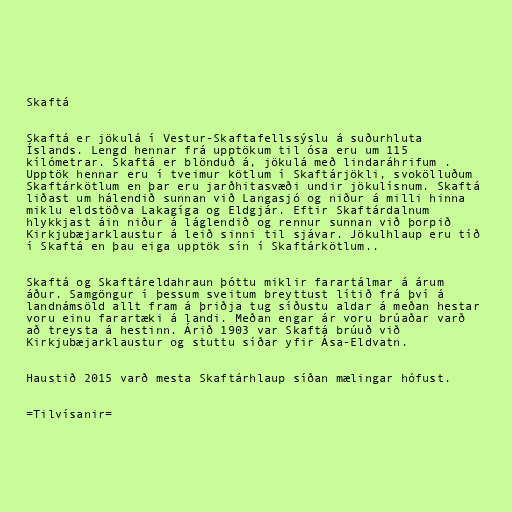
Skaftá

Skaftá er jökulá í Vestur-Skaftafellssýslu á suðurhluta
Íslands. Lengd hennar frá upptökum til ósa eru um 115
kílómetrar. Skaftá er blönduð á, jökulá með lindaráhrifum .
Upptök hennar eru í tveimur kötlum í Skaftárjökli, svokölluðum
Skaftárkötlum en þar eru jarðhitasvæði undir jökulísnum. Skaftá
liðast um hálendið sunnan við Langasjó og niður á milli hinna
miklu eldstöðva Lakagíga og Eldgjár. Eftir Skaftárdalnum
hlykkjast áin niður á láglendið og rennur sunnan við þorpið
Kirkjubæjarklaustur á leið sinni til sjávar. Jökulhlaup eru tíð
í Skaftá en þau eiga upptök sín í Skaftárkötlum..

Skaftá og Skaftáreldahraun þóttu miklir farartálmar á árum
áður. Samgöngur í þessum sveitum breyttust lítið frá því á
landnámsöld allt fram á þriðja tug síðustu aldar á meðan hestar
voru einu farartæki á landi. Meðan engar ár voru brúaðar varð
að treysta á hestinn. Árið 1903 var Skaftá brúuð við
Kirkjubæjarklaustur og stuttu síðar yfir Ása-Eldvatn.

Haustið 2015 varð mesta Skaftárhlaup síðan mælingar hófust.

=Tilvísanir=